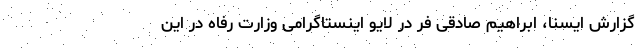
گزارش ایسنا، ابراهیم صادقی فر در لایو اینستاگرامی وزارت رفاه در این